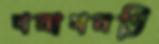
গনাগনতি